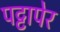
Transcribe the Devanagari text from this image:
पट्टापेर